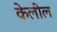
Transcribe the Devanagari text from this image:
केलील